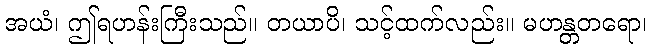
အယံ၊ ဤရဟန်းကြီးသည်။ တယာပိ၊ သင့်ထက်လည်း။ မဟန္တတရော၊